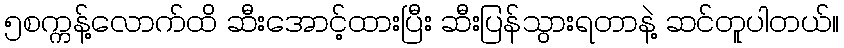
၅စက္ကန့်လောက်ထိ ဆီးအောင့်ထားပြီး ဆီးပြန်သွားရတာနဲ့ ဆင်တူပါတယ်။